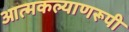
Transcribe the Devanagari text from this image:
आत्मकल्याणरूपी